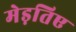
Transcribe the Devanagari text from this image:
मेड़तिए